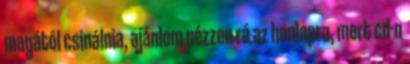
magától csinálnia, ajánlom nézzen rá az honlapra, mert cd-n